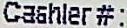
CASHLER # :